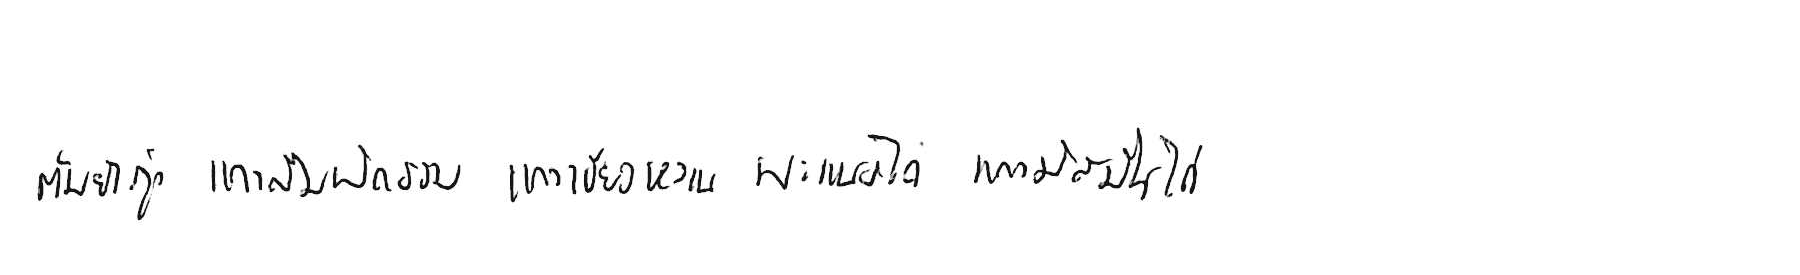
ต้มยำกุ้ง แกงส้มผักรวม แกงเขียวหวาน พะแนงไก่ แกงมัสมั่นไก่